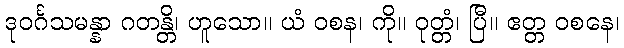
ဒုဝင်္ဂသမန္နာ ဂတန္တိ၊ ဟူသော။ ယံ ဝစန၊ ကို။ ဝုတ္တံ၊ ပြီ။ ဧတ္တ ဝစနေ၊